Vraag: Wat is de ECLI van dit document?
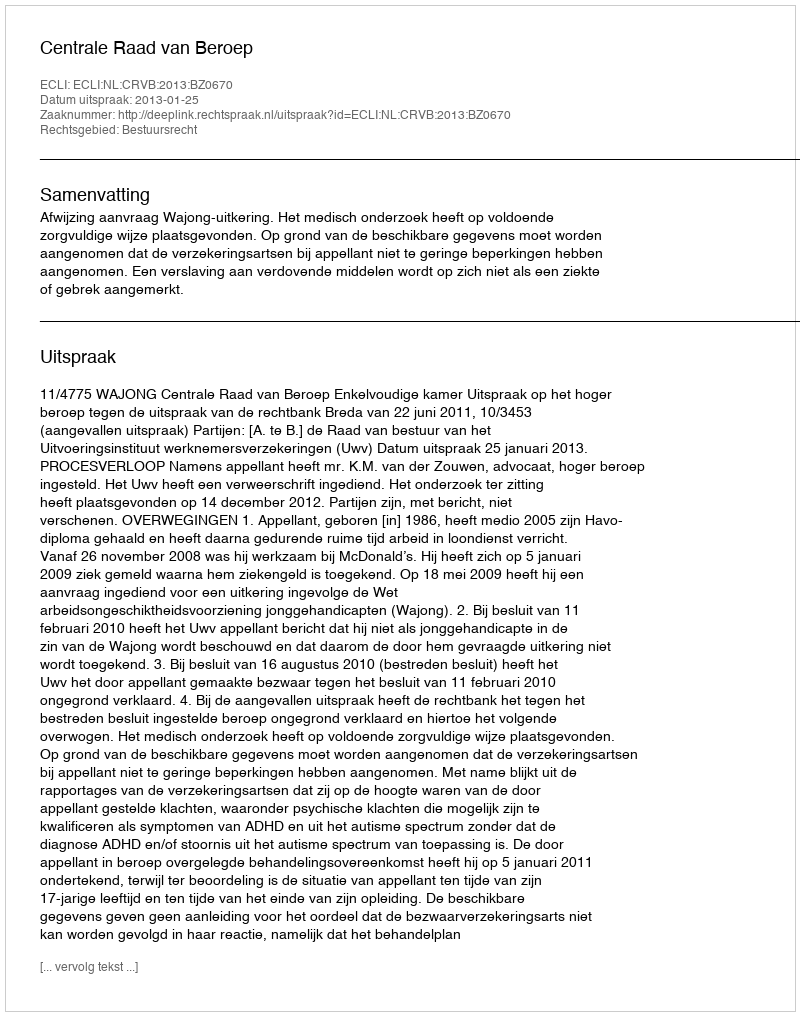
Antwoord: ECLI:NL:CRVB:2013:BZ0670